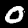
Digit: 0